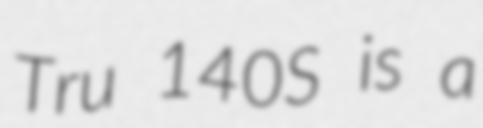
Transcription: Tru 140S is a